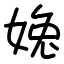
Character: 婏